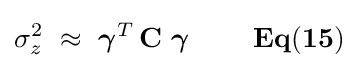
\sigma _{z}^{2}\,\,\approx \,\,{\boldsymbol {\gamma }}^{T}\,\mathbf {C} \,\,{\boldsymbol {\gamma }}{\mathbf {\,\,\,\,\,\,\,\,\,\,\,\,\,\,Eq(15)} }